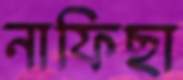
নাফিছা